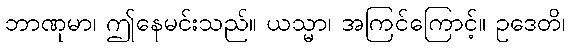
ဘာဏုမာ၊ ဤနေမင်းသည်။ ယသ္မာ၊ အကြင်ကြောင့်။ ဥဒေတိ၊